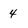
Character: 4